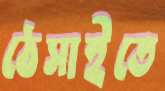
ঠেসাইতে